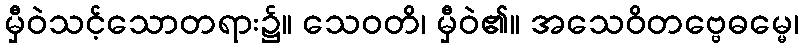
မှီဝဲသင့်သောတရား၌။ သေဝတိ၊ မှီဝဲ၏။ အသေဝိတဗ္ဗေဓမ္မေ၊